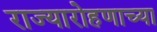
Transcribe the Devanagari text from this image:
राज्यारोहणाच्या